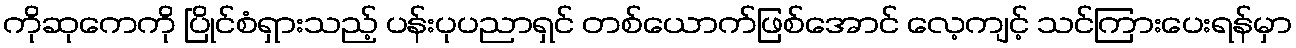
ကိုဆုကေကို ပြိုင်စံရှားသည့် ပန်းပုပညာရှင် တစ်ယောက်ဖြစ်အောင် လေ့ကျင့် သင်ကြားပေးရန်မှာ